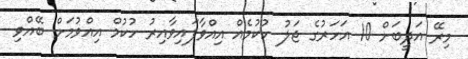
މިރޭ އަދީބަށް 10 އަހަރުގެ ޖަލު ހުކުމެއް އިއްވާފައިވާއިރު ހުކުމް އިއްވުމަށް ބޭއްވި